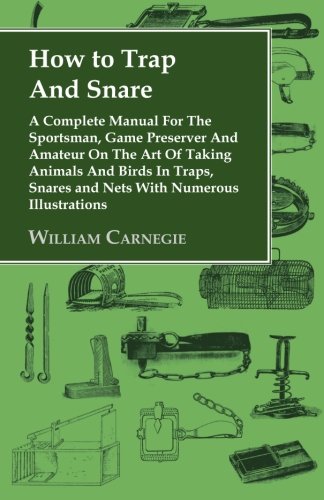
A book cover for How to Trap and Snare: A Complete Manual for the Sportsman, Game Preserver and Amateur on the Art of Taking Animals and Birds in Traps, Snare; William Carnegie; Science & Math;